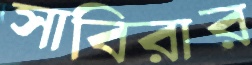
সাবিরার